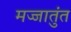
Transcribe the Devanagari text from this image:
मज्जातुंत